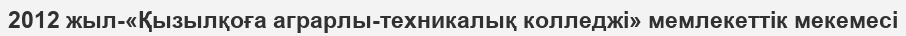
2012 жыл-«Қызылқоға аграрлы-техникалық колледжі» мемлекеттік мекемесі